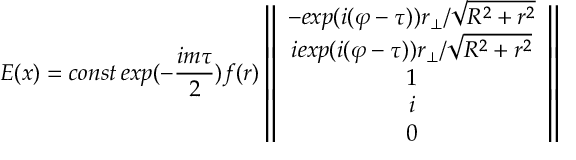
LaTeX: E ( x ) = c o n s t \, e x p ( - \frac { i m \tau } { 2 } ) f ( r ) \left\| \begin{array} { c } { { - e x p ( i ( \varphi - \tau ) ) r _ { \bot } / \sqrt { R ^ { 2 } + r ^ { 2 } } } } \\ { { i e x p ( i ( \varphi - \tau ) ) r _ { \bot } / \sqrt { R ^ { 2 } + r ^ { 2 } } } } \\ { { 1 } } \\ { { i } } \\ { { 0 } } \end{array} \right\|